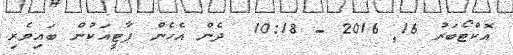
އޮކްޓޯބަރު 16